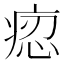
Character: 𤶝